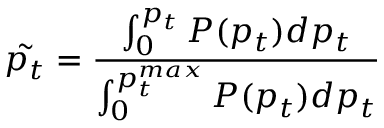
\tilde { p _ { t } } = \frac { \int _ { 0 } ^ { p _ { t } } P ( p _ { t } ) d p _ { t } } { \int _ { 0 } ^ { p _ { t } ^ { m a x } } P ( p _ { t } ) d p _ { t } }